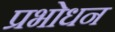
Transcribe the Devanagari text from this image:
प्रभोधन